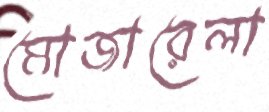
মোজারেলা